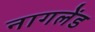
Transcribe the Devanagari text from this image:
नागलेंड